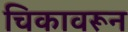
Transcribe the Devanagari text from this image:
चिकावरून